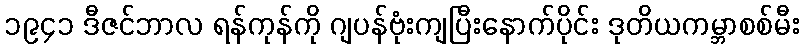
၁၉၄၁ ဒီဇင်ဘာလ ရန်ကုန်ကို ဂျပန်ဗုံးကျပြီးနောက်ပိုင်း ဒုတိယကမ္ဘာစစ်မီး